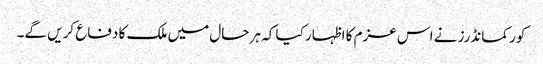
کور کمانڈرز نے اس عزم کا اظہار کیا کہ ہر حال میں ملک کا دفاع کریں گے۔